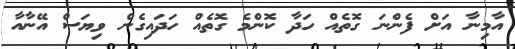
އާމިނާ އަށް ފެންނަ ގޮތެއް ހަދާ ކޮންމެ ގޮތެއް ހަދައިގެން ވިޔަސް އޭނާއާ